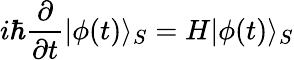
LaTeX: i\hbar\frac{\partial}{\partial t}|\phi(t)\rangle_{S}=H|\phi(t)\rangle_{S}